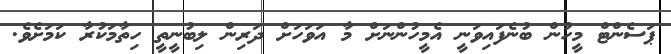
ޕަސެންޓް މީހުން ބުނެފައިވަނީ އެމީހުންނަށް މާ އަވަހަށް ދަރިން ލިބުނީތީ ހިތާމަކުރާ ކަމަށެވެ.